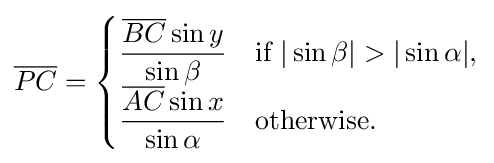
{\overline {PC}}={\begin{cases}{\dfrac {{\overline {BC}}\sin y}{\sin \beta }}&{\text{if }}|\sin \beta |>|\sin \alpha |,\\[4pt]{\dfrac {{\overline {AC}}\sin x}{\sin \alpha }}&{\text{otherwise.}}\end{cases}}